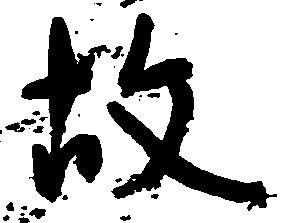
故